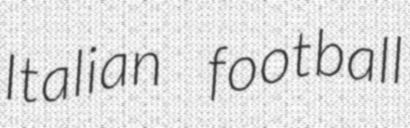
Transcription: Italian football